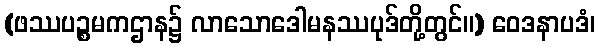
(ဖဿပဉ္စမကဌာန၌ လာသောဒေါမနဿပုဒ်တို့တွင်။) ဝေဒနာပဒံ၊